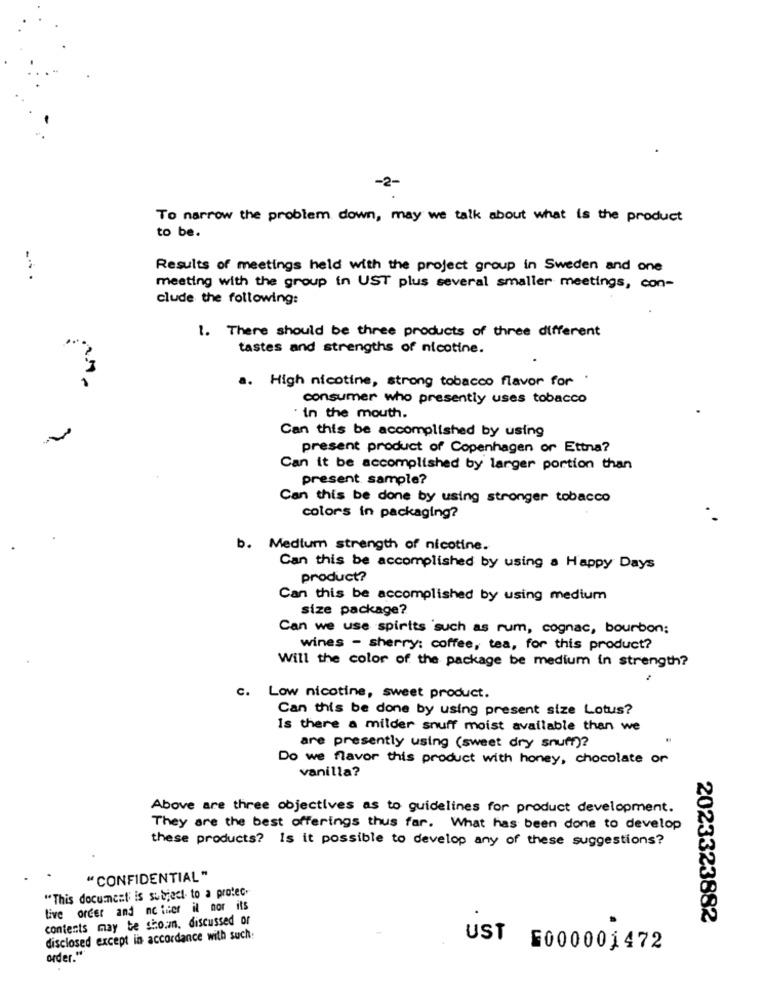
-2-
To narrow the problem down, may we talk about what is the product
to be.
Results of meetings held with the project group in Sweden and one
meeting with the group in UST plus several smaller meetings, con-
clude the following:
1. There should be three products of three different
tastes and strengths of nicotine.
a. High nicotine, strong tobacco flavor for
consumer who presently uses tobacco
in the mouth.
Can this be accomplished by using
present product of Copenhagen or Ettna?
Can it be accomplished by larger portion than
present sample?
Can this be done by using stronger tobacco
colors in packaging?
b. Medium strength of nicotine.
Can this be accomplished by using a Happy Days
product?
Can this be accomplished by using medium
size package?
Can we use spirits such as rum, cognac, bourbon;
wines - sherry: coffee, tea, for this product?
Will the color of the package be medium in strength?
Low nicotine, sweet product.
Can this be done by using present size Lotus?
Is there a milder snuff moist available than we
are presently using (sweet dry snuff)?
Do we flavor this product with honey, chocolate or
vanilla?
Above are three objectives as to guidelines for product development.
They are the best offerings thus far. What has been done to develop
these products? Is it possible to develop any of these suggestions?
"CONFIDENTIAL "
"This document is subject to a protec.
Live order and no tuer il nor its
contents may be sto.n. discussed or
2023323882
disclosed except in accordance with such:
UST 6000001472
order."